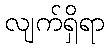
လျက်ရှိရာ